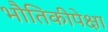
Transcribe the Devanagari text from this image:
भौतिकीपेक्षा